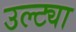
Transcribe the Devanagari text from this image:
उल्ट्या